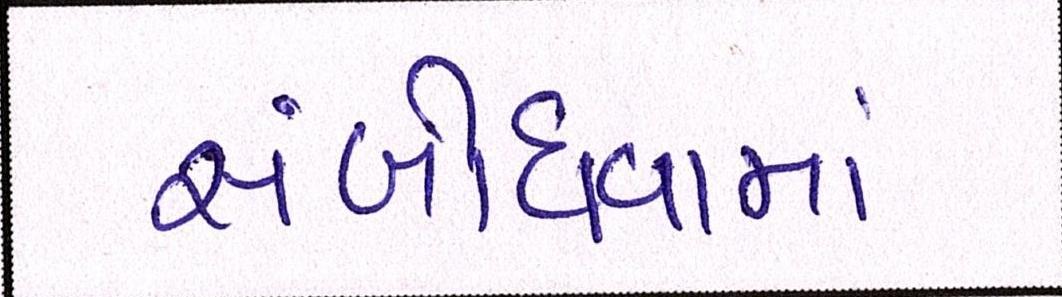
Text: સંબોધવામાં